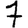
Digit: 7